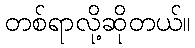
တစ်ရာလို့ဆိုတယ်။